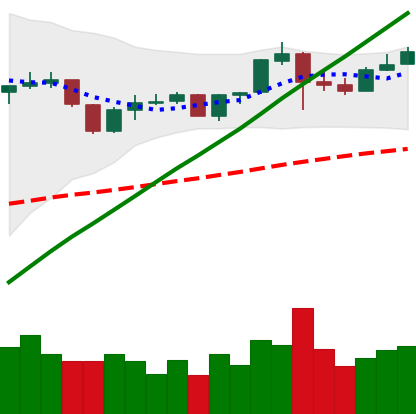
Ticker: BNB-USD
Chart end date: 2019-06-19
Forward return: 6.083%
Label: up_5_7